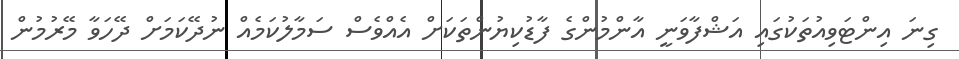
ގިނަ އިންޓަވިއުތަކުގައި އަޝްފާވަނީ އާންމުންގެ ފާޑުކިޔުންތަކަށް އެއްވެސް ސަމާލުކަމެއް ނުދޭކަމަށް ދޭހަވާ މޭރުމުން